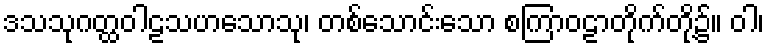
ဒသသုဂတ္ထဝါဠသဟသောသု၊ တစ်သောင်းသော စကြာဝဠာတိုက်တို့၌။ ဝါ၊